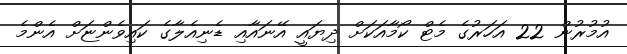
އުމުރުން 22 އަހަރުގެ މެޓް ކޯމާއަކަށް ދިޔައީ އޭނައާއި ޑެނިއެލާގެ ކައިވެންޏަށް އެންމެ